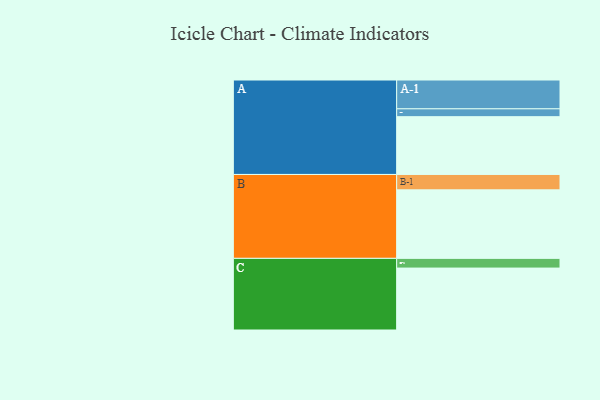
{"axis": {"x": "Segment", "y": "Value"}, "legend": ["", "A", "B", "C"], "data": [{"x": "A", "y": 405, "type": ""}, {"x": "B", "y": 480, "type": ""}, {"x": "C", "y": 434, "type": ""}, {"x": "A-1", "y": 202, "type": "A"}, {"x": "A-2", "y": 55, "type": "A"}, {"x": "B-1", "y": 108, "type": "B"}, {"x": "C-1", "y": 68, "type": "C"}]}